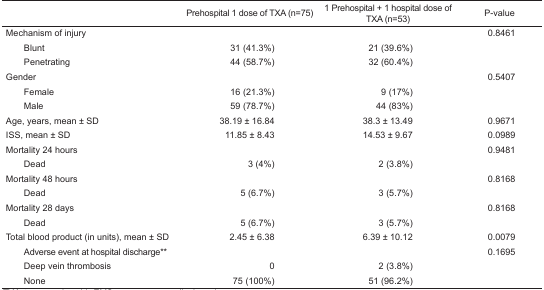
|  | Prehospital 1 dose of TXA (n=75) | 1 Prehospital + 1 hospital dose of TXA (n=53) | P-value |
 | --- | --- | --- | --- |
 | Mechanism of injury |  |  | 0.8461 |
 | Blunt | 31 (41.3%) | 21 (39.6%) |  |
 | Penetrating | 44 (58.7%) | 32 (60.4%) |  |
 | Gender |  |  | 0.5407 |
 | Female | 16 (21.3%) | 9 (17%) |  |
 | Male | 59 (78.7%) | 44 (83%) |  |
 | Age, years, mean ± SD | 38.19 ± 16.84 | 38.3 ± 13.49 | 0.9671 |
 | ISS, mean ± SD | 11.85 ± 8.43 | 14.53 ± 9.67 | 0.0989 |
 | Mortality 24 hours |  |  | 0.9481 |
 | Dead | 3 (4%) | 2 (3.8%) |  |
 | Mortality 48 hours |  |  | 0.8168 |
 | Dead | 5 (6.7%) | 3 (5.7%) |  |
 | Mortality 28 days |  |  | 0.8168 |
 | Dead | 5 (6.7%) | 3 (5.7%) |  |
 | Total blood product (in units), mean ± SD | 2.45 ± 6.38 | 6.39 ± 10.12 | 0.0079 |
 | Adverse event at hospital discharge** |  |  | 0.1695 |
 | Deep vein thrombosis | 0 | 2 (3.8%) |  |
 | None | 75 (100%) | 51 (96.2%) |  |